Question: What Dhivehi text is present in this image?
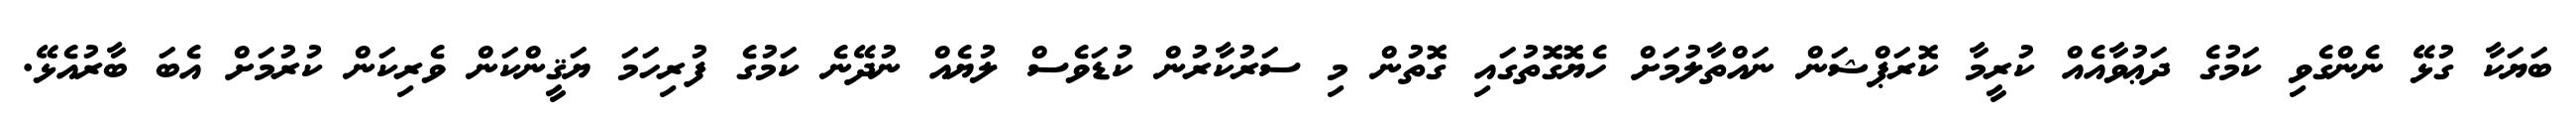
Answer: ބަޔަކާ ގުޅޭ ނެންގެވި ކަމުގެ ދަޢުވާއެއް ކުރީމާ ކޮރަޕްޝަން ނައްތާލުމަށް ހެޔޮގޮތުގައި ގޮތުން މި ސަރުކާރުން ކުޑަވެސް ލުޔެއް ނުދޭނެ ކަމުގެ ފުރިހަމަ ޔަޤީންކަން ވެރިކަން ކުރުމަށް އެބަ ބާރުއެޅޭ.